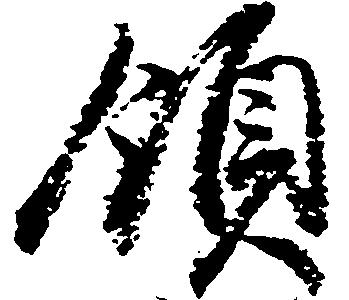
領